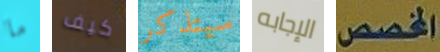
ما كيف سيتذكر الإجابه المخصص